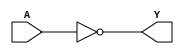
/*
 * Copyright 2020 The SkyWater PDK Authors
 *
 * Licensed under the Apache License, Version 2.0 (the "License");
 * you may not use this file except in compliance with the License.
 * You may obtain a copy of the License at
 *
 *     https://www.apache.org/licenses/LICENSE-2.0
 *
 * Unless required by applicable law or agreed to in writing, software
 * distributed under the License is distributed on an "AS IS" BASIS,
 * WITHOUT WARRANTIES OR CONDITIONS OF ANY KIND, either express or implied.
 * See the License for the specific language governing permissions and
 * limitations under the License.
 *
 * SPDX-License-Identifier: Apache-2.0
*/


`ifndef SKY130_FD_SC_HD__CLKINVLP_BEHAVIORAL_V
`define SKY130_FD_SC_HD__CLKINVLP_BEHAVIORAL_V

/**
 * clkinvlp: Lower power Clock tree inverter.
 *
 * Verilog simulation functional model.
 */

`timescale 1ns / 1ps
`default_nettype none

`celldefine
module sky130_fd_sc_hd__clkinvlp (
    Y,
    A
);

    // Module ports
    output Y;
    input  A;

    // Module supplies
    supply1 VPWR;
    supply0 VGND;
    supply1 VPB ;
    supply0 VNB ;

    // Local signals
    wire not0_out_Y;

    //  Name  Output      Other arguments
    not not0 (not0_out_Y, A              );
    buf buf0 (Y         , not0_out_Y     );

endmodule
`endcelldefine

`default_nettype wire
`endif  // SKY130_FD_SC_HD__CLKINVLP_BEHAVIORAL_V